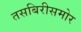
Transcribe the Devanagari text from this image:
तसबिरीसमोर